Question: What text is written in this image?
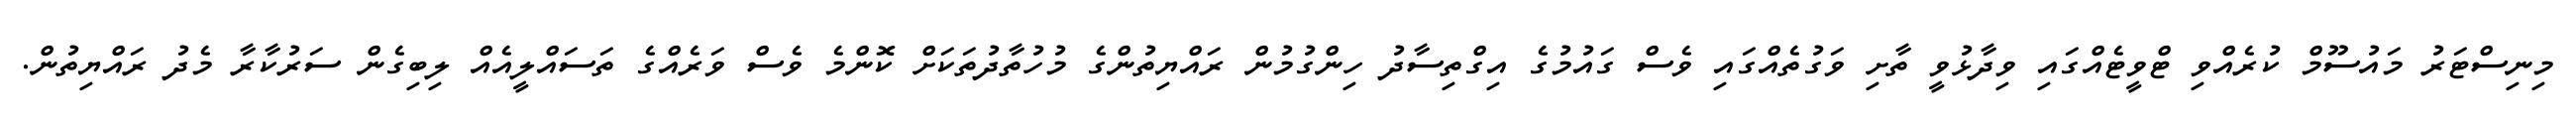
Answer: މިނިސްޓަރު މައުސޫމް ކުރެއްވި ޓްވީޓެއްގައި ވިދާޅުވީ ތާށި ވަގުތެއްގައި ވެސް ގައުމުގެ އިގްތިސާދު ހިންގުމުން ރައްޔިތުންގެ މުހުތާދުތަކަށް ކޮންމެ ވެސް ވަރެއްގެ ތަސައްލީއެއް ލިބިގެން ސަރުކާރާ މެދު ރައްޔިތުން.